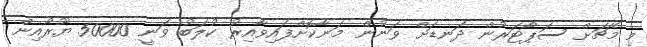
މި މެޗަށް ސަޕޯޓަރުން ދަނޑަށް ވަނުން މަނާކޮށްފައިވާއިރު ކުލަބު ވަނީ 50000 ޔޫރޯއިން